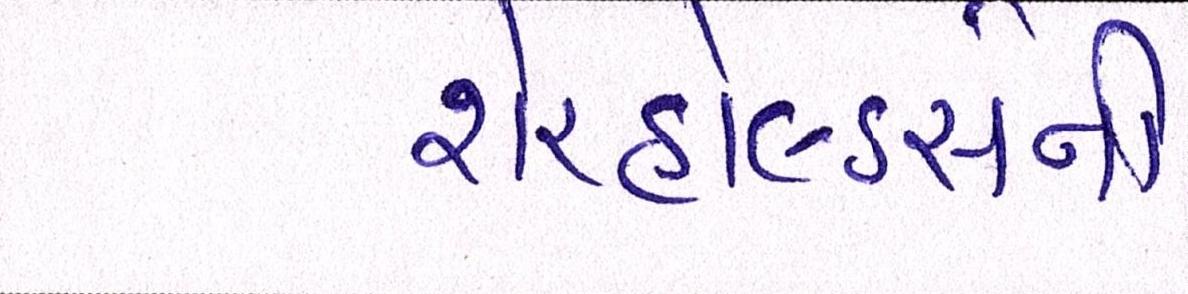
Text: શેરહોલ્ડર્સની